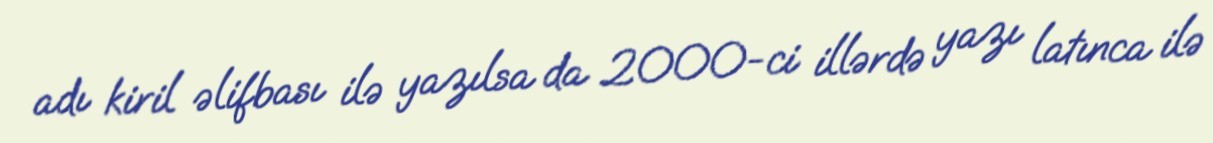
adı kiril əlifbası ilə yazılsa da 2000-ci illərdə yazı latınca ilə